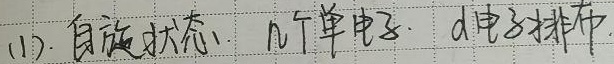
(1). 自旋状态、几个单电子、d电子排布.